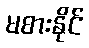
မစားနိုင်